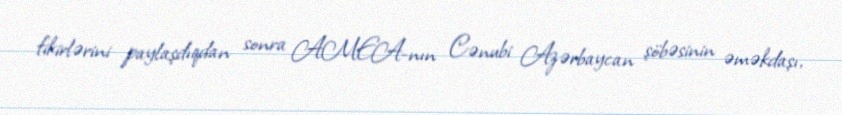
fikirlərini paylaşdıqdan sonra AMEA-nın Cənubi Azərbaycan şöbəsinin əməkdaşı,